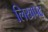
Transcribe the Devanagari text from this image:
लिखपढ़